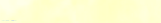
توصيل البقالة والمنتجات ا